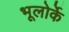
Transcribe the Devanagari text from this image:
भूलोर्के